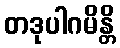
တဒုပါဂမိန္တိ